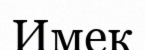
Имек